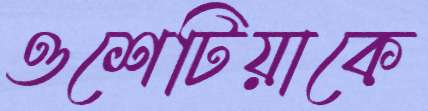
ওশেটিয়াকে